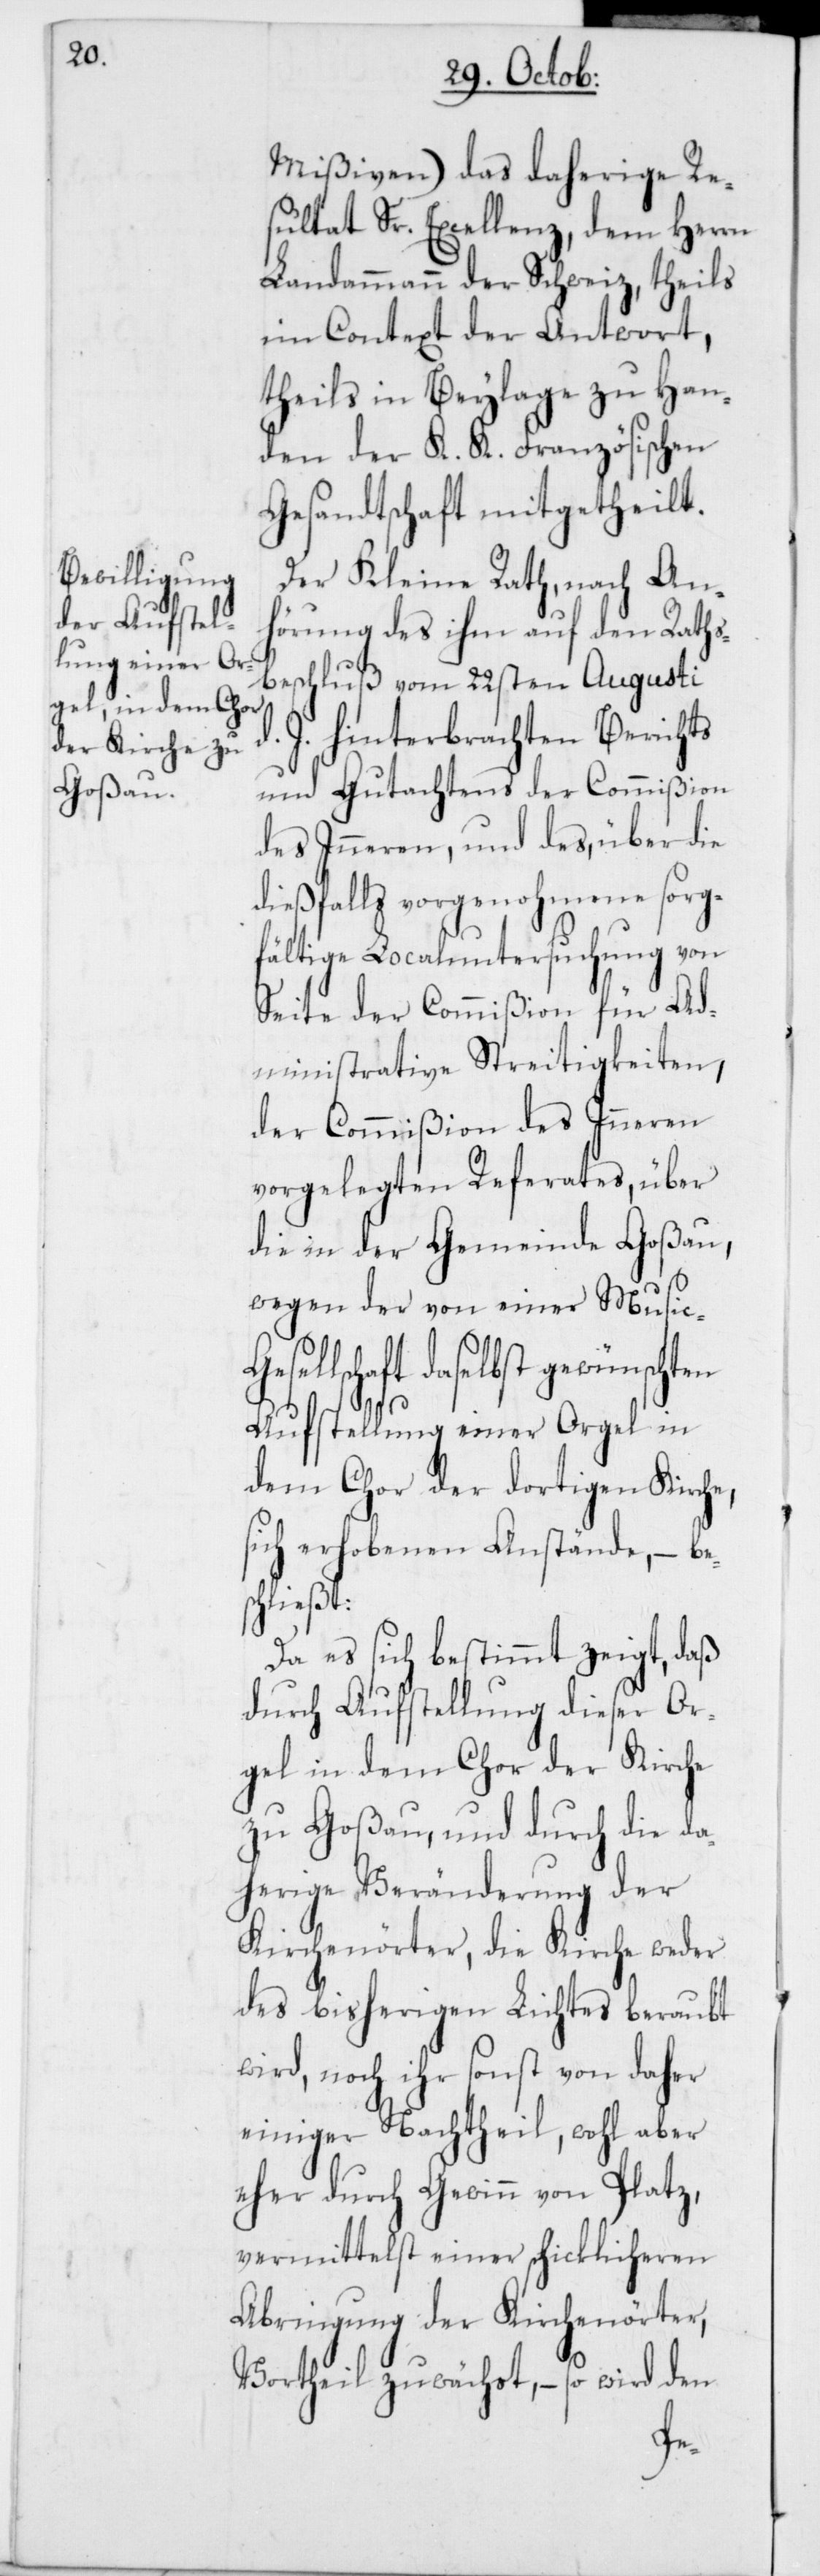
Mißiven) das daherige Re¬
sultat Sr. Excellenz, dem Herrn
Landammann der Schweiz, theils
im Context der Antwort,
theils in Beylage zu Han¬
den der K. K. Französischen
Gesandtschaft mitgetheilt.
Der Kleine Rath, nach An¬
hörung des ihm auf den Raths¬
beschluß vom 22sten Augusti
J. hinterbrachten Berichts
und Gutachtens der Commißion
des Inneren, und des, über die
dießfalls vorgenohmene sorg¬
fältige Localuntersuchung von
Seite der Commißion für Ad¬
ministrative Streitigkeiten,
der Commißion des Inneren
vorgelegten Referates, über
die in der Gemeinde Goßau,
wegen der von einer Music-G¬
sellschaft daselbst gewünschten
Aufstellung einer Orgel in
dem Chor der dortigen Kirche,
sich erhobenen Anstände, – bes¬
chließt:
Da es sich bestimmt zeigt, daß
durch Aufstellung dieser Or¬
gel in dem Chor der Kirche
zu Goßau und durch die da¬
herige Veränderung der
Kirchenörter, die Kirche weder
des bisherigen Lichtes beraubt
wird, noch ihr sonst von daher
einiger Nachtheil, wohl aber
eher durch Gewinn von Platz,
vermittelst einer schicklicheren
Abringung der Kirchenörter
Vortheil zuwächst, – so wird den
e¬